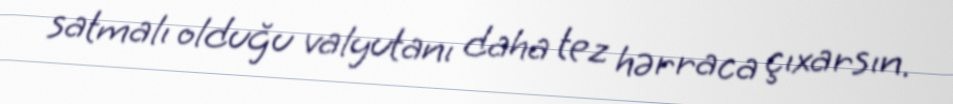
satmalı olduğu valyutanı daha tez hərraca çıxarsın.